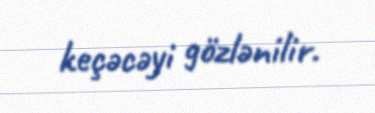
keçəcəyi gözlənilir.